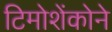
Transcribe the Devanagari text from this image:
टिमोशेंकोने